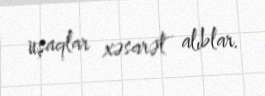
uşaqlar xəsarət alıblar.